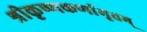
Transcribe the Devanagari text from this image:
श्रीकृष्णकर्णामृतम्